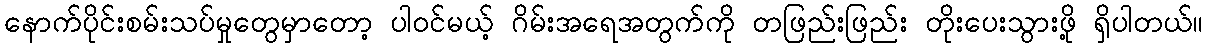
နောက်ပိုင်းစမ်းသပ်မှုတွေမှာတော့ ပါဝင်မယ့် ဂိမ်းအရေအတွက်ကို တဖြည်းဖြည်း တိုးပေးသွားဖို့ ရှိပါတယ်။